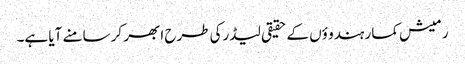
رمیش کمار ہندو ؤں کے حقیقی لیڈرکی طرح ابھر کر سامنے آیا ہے۔